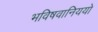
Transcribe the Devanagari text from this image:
भविषवानिययो